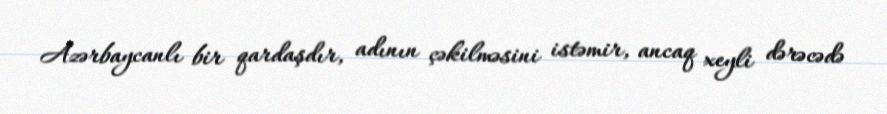
Azərbaycanlı bir qardaşdır, adının çəkilməsini istəmir, ancaq xeyli dərəcədə